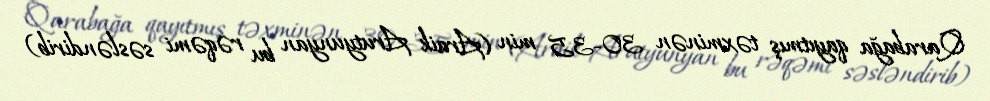
Qarabağa qayıtmış təxminən 30-35 min (Araik Arutyunyan bu rəqəmi səsləndirib)